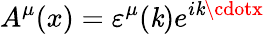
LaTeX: A^{\mu}(x)=\varepsilon^{\mu}(\mathit{k})e^{i\mathit{k}\cdotx}